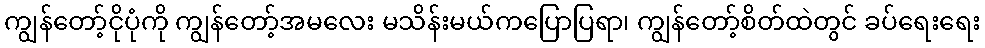
ကျွန်တော့်ငိုပုံကို ကျွန်တော့်အမလေး မသိန်းမယ်ကပြောပြရာ၊ ကျွန်တော့်စိတ်ထဲတွင် ခပ်ရေးရေး